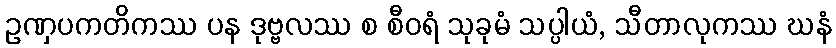
ဥဏှပကတိကဿ ပန ဒုဗ္ဗလဿ စ စီဝရံ သုခုမံ သပ္ပါယံ, သီတာလုကဿ ဃနံ